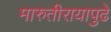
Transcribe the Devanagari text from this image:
मारुतीरायापुढे